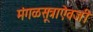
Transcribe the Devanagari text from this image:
मंगळसूत्राऐवजी